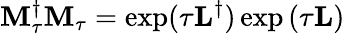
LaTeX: \mathbf{M}_{\tau}^{\dagger}\mathbf{M}_{\tau}=\exp(\tau\mathbf{L}^{\dagger})\exp\left(\tau\mathbf{L}\right)